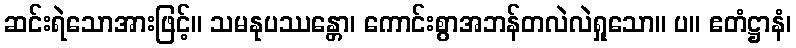
ဆင်းရဲသောအားဖြင့်။ သမနုပဿန္တော၊ ကောင်းစွာအဘန်တလဲလဲရှုသော။ ပ။ ဧတံဋ္ဌာနံ၊